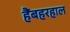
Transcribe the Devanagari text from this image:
हैंबहरहाल